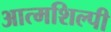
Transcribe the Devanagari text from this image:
आत्‍मशिल्‍पी